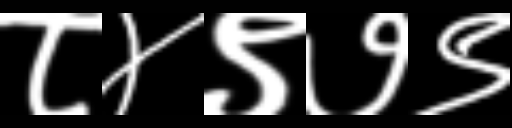
Text: ८४९७९